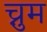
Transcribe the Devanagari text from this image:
च्नुम